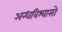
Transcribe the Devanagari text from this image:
अन्धविश्वासो